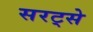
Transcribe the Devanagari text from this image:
सरट्से